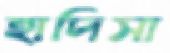
হাদিসা